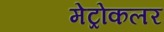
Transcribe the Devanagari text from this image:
मेट्रोकलर